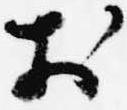
於